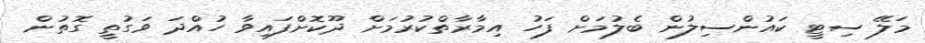
މަލޭ ސިޓީ ކައުންސިލުން ބެލުމަށް ފަހު އިމާރާތްކުރުމަށް ދޫކޮށްފައިވާ ހުއްދަ ވަގުތީ ގޮތުން